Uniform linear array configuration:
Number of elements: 12
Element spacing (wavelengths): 0.75
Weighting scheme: hamming
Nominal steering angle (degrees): -30
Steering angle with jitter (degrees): -30.084
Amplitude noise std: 0.05
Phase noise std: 0.05

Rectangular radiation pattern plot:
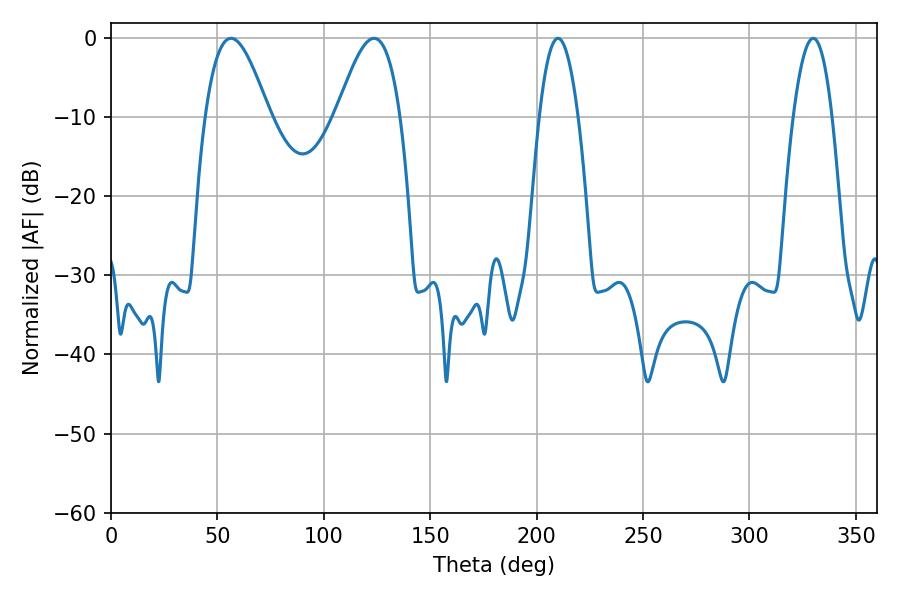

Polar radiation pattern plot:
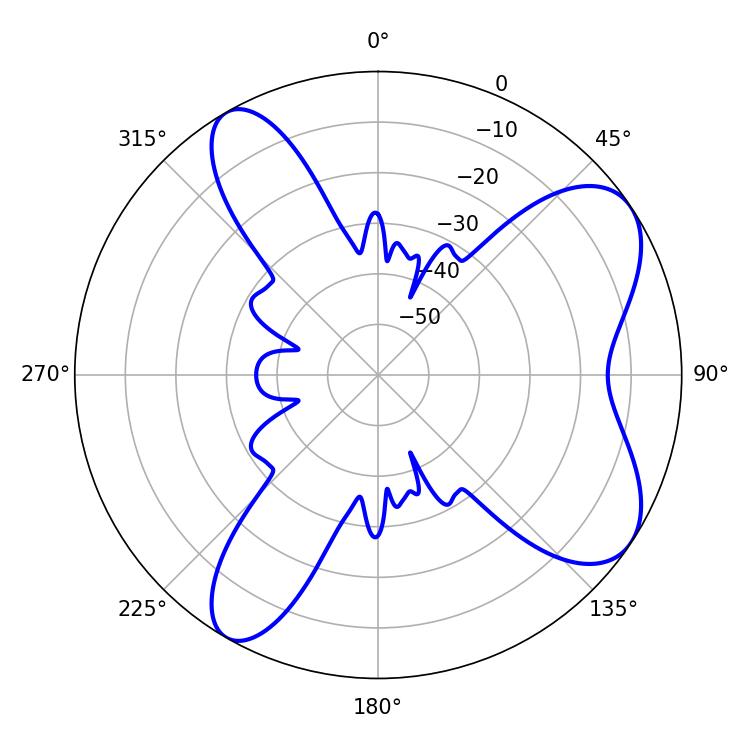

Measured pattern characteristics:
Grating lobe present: TRUE
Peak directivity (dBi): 7.568
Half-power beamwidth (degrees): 9.9
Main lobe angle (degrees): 210.06